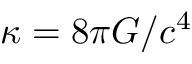
\kappa = 8 \pi G / c ^ { 4 }